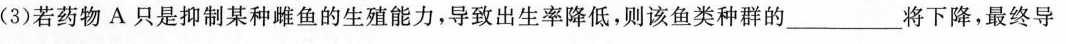
(3)若药物A只是抑制某种雌鱼的生殖能力，导致出生率降低，则该鱼类种群的____将下降，最终导